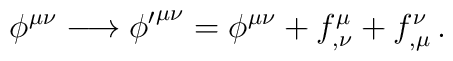
\phi^{\mu\nu}\longrightarrow {\phi'}^{\mu\nu}=\phi^{\mu\nu}+f^{\mu}_{,\nu}+f^{\nu}_{,\mu}\, .